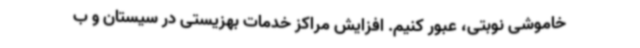
خاموشی نوبتی، عبور کنیم. افزایش مراکز خدمات بهزیستی در سیستان و ب